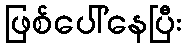
ဖြစ်ပေါ်နေပြီး